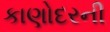
કાણોદરની